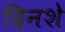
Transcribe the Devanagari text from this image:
दिनशे